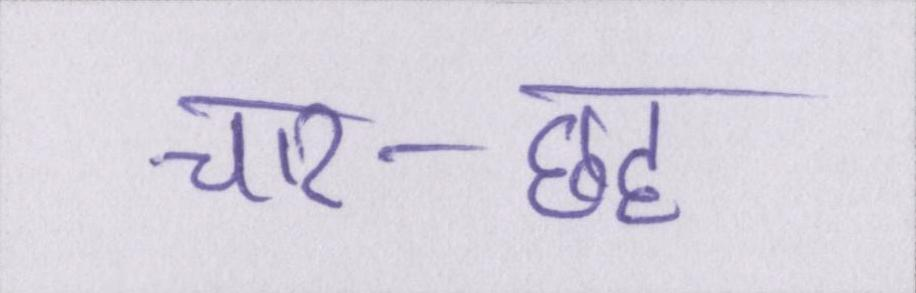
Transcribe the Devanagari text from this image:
चार-छह